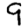
Digit: 9